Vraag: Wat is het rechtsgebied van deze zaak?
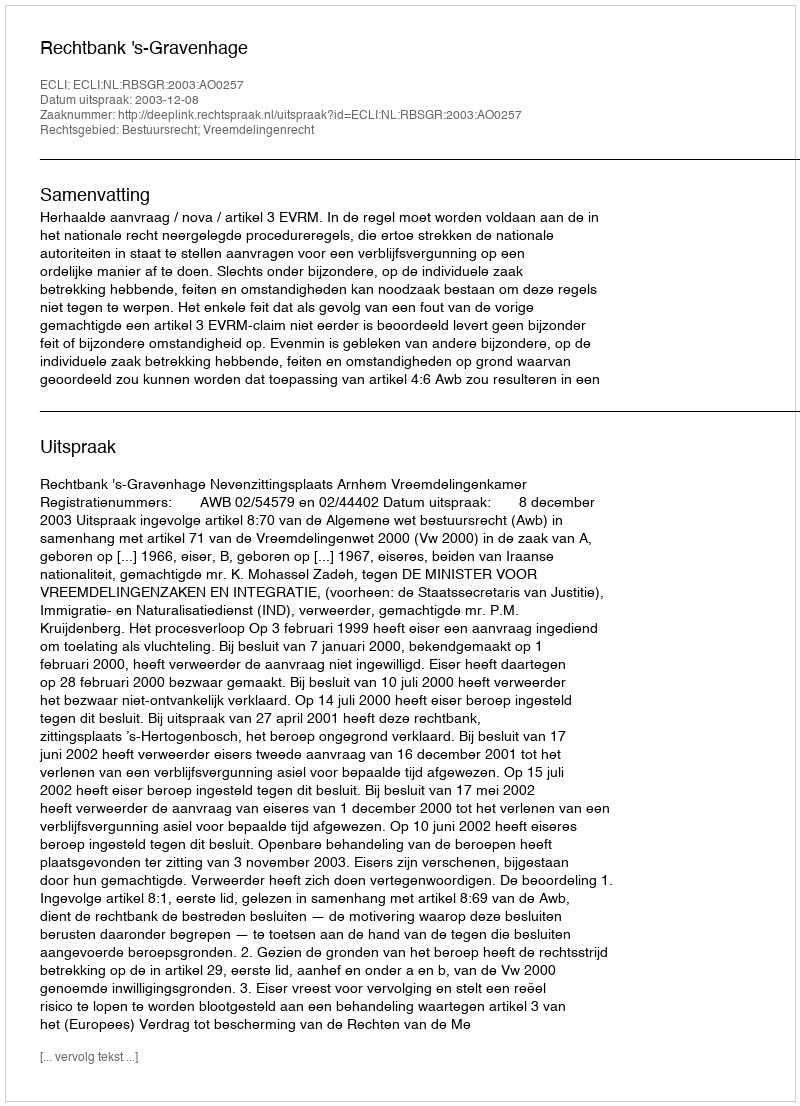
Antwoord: Bestuursrecht; Vreemdelingenrecht